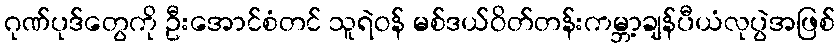
ဂုဏ်ပုဒ်တွေကို ဦးအောင်စံတင် သူရဲဝန် မစ်ဒယ်ဝိတ်တန်းကမ္ဘာ့ချန်ပီယံလုပွဲအဖြစ်